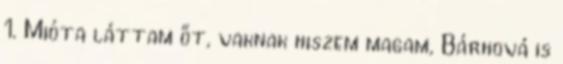
1. Mióta láttam őt, vaknak hiszem magam, Bárhová is